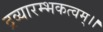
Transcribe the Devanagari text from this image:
द्रव्यारम्भकत्वम्।।